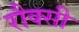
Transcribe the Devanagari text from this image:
रौक्सी